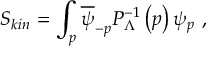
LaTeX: S _ { k i n } = \int _ { p } \overline { { \psi } } _ { - p } P _ { \Lambda } ^ { - 1 } \left( p \right) \psi _ { p } \ ,